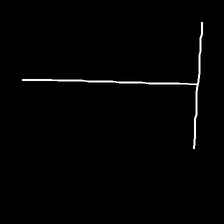
Glyph: column